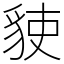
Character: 𧳅